Vaabina_vallavalitsus, lk 131
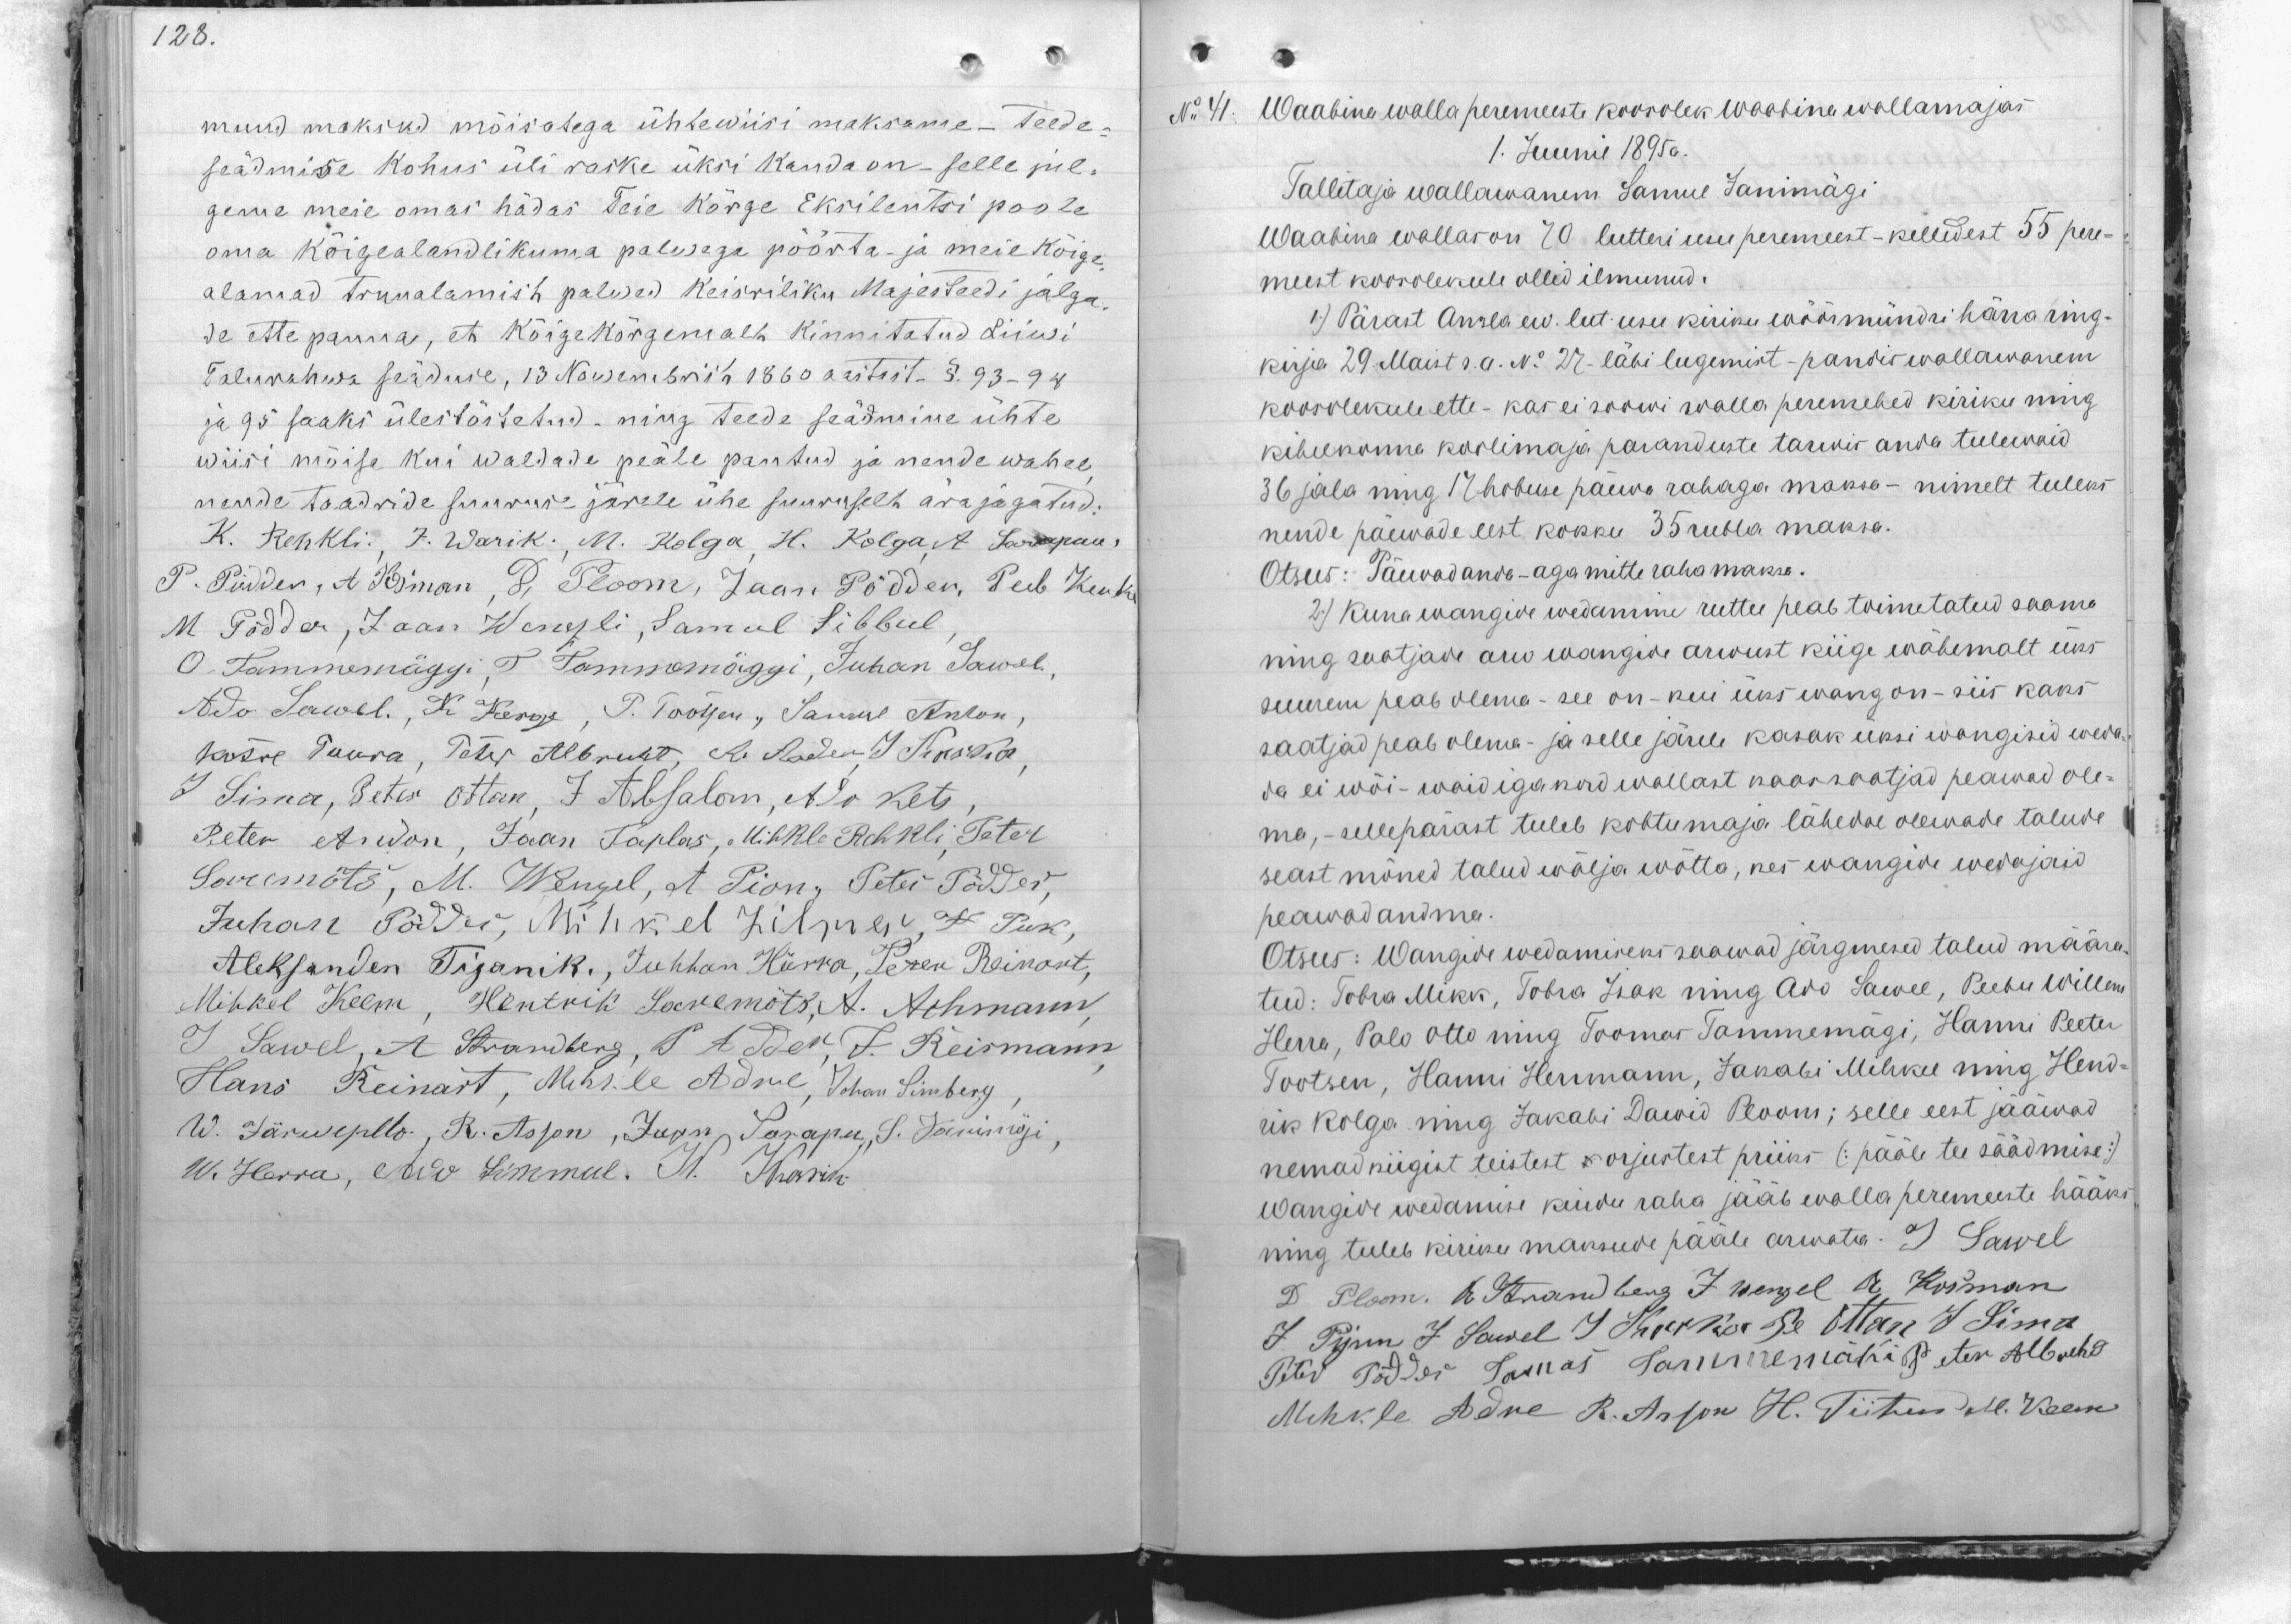
128.

muud maksud mõisatega ühtewiisi maksame - teede-
seadmise kohus üli raske üksi kanda on - selle jul-
gema meie omas hädas Teie kõrge Eksilentsi poole
oma kõigealandlikuma palwega pöörta- ja meie kõige
alamad truualamist palwed Keisriliku Majesteedi jalga
de ette panna, et kõige kõrgemalt kinnitatud Liiwi
Talurahwa seäduse, 13 Nowembril 1860 aastast. §. 93 - 94
ja 95 saaks ülestõstetud, ning teede seädmine ühte
wiisi mõisa kui waldade peale pantud ja nende wahel,
nende taadride suuruse järele ühe suuruselt ära jagatud:
K. Rehkli. J. Warik. M. Kolga, H. Kolga, A Sarapuu,
P. Põdder, A. Josman, D. Ploom, Jaan Põdder, Peeb Kuk-
M Põdder, Jaan Wenesli, Samul Sibbul,
O. Tammemäggi, T. Tammemäggi, Juhan Sawol,
Ado Sawol. K Kerge, P. Tootsen, Samuel Anton,
kõtre Tuura, Peter Albrecht, Ad Aaden, J Saksma,
J Sima, Peter Ottan, J Absalom, Ado kets,
Peter Ardon, Jaan Taplas, Mihkle Rehkli, Peter
Saremõts, M. Wengel, A Pion, Peter Pödder,
Juhan Põdder, Mihkel Jilpress, et Puk,
Aleksander Tiganik, Juhhan Hürra, Peter Reinart,
Mihkel Kelm, Hentrik Saaremõts, A. Achmann,
J Sawel, A Strandberg, S. Adder, J. Reismann,
Hans Reinart, Mihkle Adine, Johan Simberg,
W. Järwepllo, R. Asson, Jaan Sarapu, S. Janimägi,
W. Herra, Ado Simmul. M. Martin-

No 41. Waabina walla peremeeste koosolek Waabina wallamajas
1. Juunil 1895 a.
Tallitaja wallawanem Samuel Janimägi
Waabina wallas on 70 lutteri usu peremeest - kelledest 55 pere-
meest koosolekule ollid ilmunud.
1) Pärast Ansla ew. lut. usu. kiriku wöörmündri härra ring-
kirja 29. Maist s. a. N: 27 - läbi lugemist - pandis wallawanem
koosolekule ette - kas ei soowi walla peremehed kiriku ning
kihelkonna koolimaja paranduste tarwis anda tulewaid
36 jala ning 17 hobuse paewa rahaga maksu- nimelt tuleks
nende päewade eest kokku 35 rubla maksa.
Otsus: Päewd anda - aga mitte raha maksa.
2) Kuna wangide wedamine ruttu peab toimetatud saama
ning saatjade arv wangide arwust kiige wähemalt üks-
suurem peab olema - see on - kui üks wang on - siis kaks
saatjad peab olema - ja selle järele kasak üksi wangisid weda
da ei wõi - waid iga kord wallast paar saatjad peawad ole-
ma, - sellepärast tuleb kohtumaja lähedal olewade talude
seast mõned talud wälja wõtta, kes wangide wedajaid
peawad andma.
Otsus: Wangide wedamiseks saawad järgmesed talud määra
tud: Tobra Mikk, Tobra Isak ning Ado Sawee, Peebu Willem
Herra, Palo Otto ning Toomas Tammemägi, Hanni Peeter
Tootsen, Hanni Hermann, Jakobi Mihkel ning Hend-
rik Kolga ning Jakobi Dawid Ploom; selle eest jääwad
nemad kiigist teistest w orjustest priiks (pääle tee säädmise)
wangide wedamise kuudu raha jääb walla peremeeste hääks
ning tuleb kiriku maksude pääle arwata. J Sawel
D. Ploom. O. Strandberg J. nemel A. Kosman
J. Pijun J. Sawel J. Stokka Je. Õttan J. Sima
Peter Põdder Tomasas Tammemägi Peter. Albrecht
Mihkle Adre R. Anton H. Tiitus. M. Keem